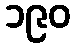
၁၉၀